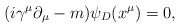
\begin{align*}(i\gamma^{\mu}\partial_{\mu}-m)\psi_D(x^{\mu})=0,\vspace{0.5in}\end{align*}